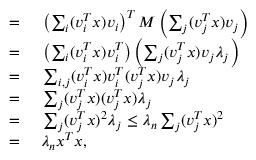
\begin{array} { r l } { = { } } & { { } \left( \sum _ { i } ( v _ { i } ^ { T } x ) v _ { i } \right) ^ { T } M \left( \sum _ { j } ( v _ { j } ^ { T } x ) v _ { j } \right) } \\ { = { } } & { { } \left( \sum _ { i } ( v _ { i } ^ { T } x ) v _ { i } ^ { T } \right) \left( \sum _ { j } ( v _ { j } ^ { T } x ) v _ { j } \lambda _ { j } \right) } \\ { = { } } & { { } \sum _ { i , j } ( v _ { i } ^ { T } x ) v _ { i } ^ { T } ( v _ { j } ^ { T } x ) v _ { j } \lambda _ { j } } \\ { = { } } & { { } \sum _ { j } ( v _ { j } ^ { T } x ) ( v _ { j } ^ { T } x ) \lambda _ { j } } \\ { = { } } & { { } \sum _ { j } ( v _ { j } ^ { T } x ) ^ { 2 } \lambda _ { j } \leq \lambda _ { n } \sum _ { j } ( v _ { j } ^ { T } x ) ^ { 2 } } \\ { = { } } & { { } \lambda _ { n } x ^ { T } x , } \end{array}